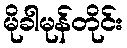
မိုခါမုန်တိုင်း